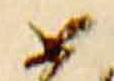
如